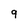
Character: 9